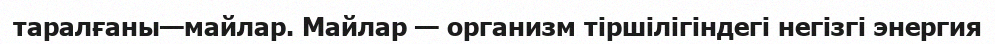
таралғаны—майлар. Майлар — организм тіршілігіндегі негізгі энергия